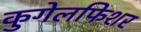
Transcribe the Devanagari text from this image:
कुगेलफिशर